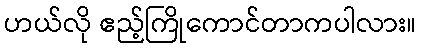
ဟယ်လို ဧည့်ကြိုကောင်တာကပါလား။